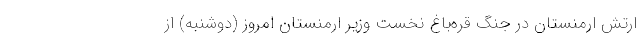
ارتش ارمنستان در جنگ قره‌باغ نخست وزیر ارمنستان امروز (دوشنبه) از